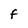
Character: F